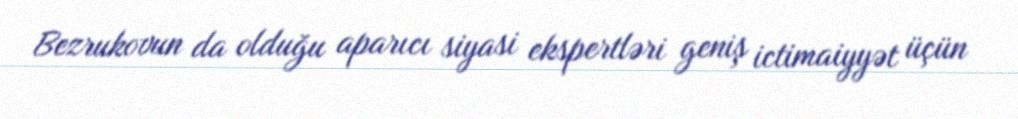
Bezrukovun da olduğu aparıcı siyasi ekspertləri geniş ictimaiyyət üçün